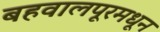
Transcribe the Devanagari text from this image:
बहवालपूरमधून